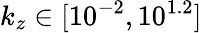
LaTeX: k_{z}\in[10^{-2},10^{1.2}]